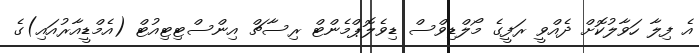
އެ ފިލާ ހަވާލުކޮށް ދެއްވީ ރަފީގެ މޯލްޑިވްސް ޑިވެލޮޕްމެންޓް ރިސާޗް އިންސްޓިޓިއުޓް (އެމްޑީއާރުއައި)ގެ